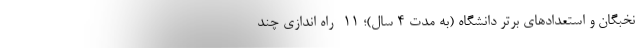
نخبگان و استعدادهای برتر دانشگاه (به مدت ۴ سال)؛ ۱۱- راه اندازی چند